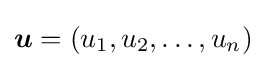
{\boldsymbol {u}}=(u_{1},u_{2},\dots ,u_{n})